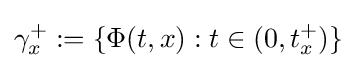
\gamma _{x}^{+}:=\{\Phi (t,x):t\in (0,t_{x}^{+})\}